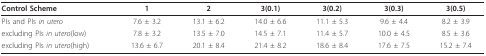
<table><thead><tr><td><b>Control Scheme</b></td><td><b>1</b></td><td><b>2</b></td><td><b>3(0.1)</b></td><td><b>3(0.2)</b></td><td><b>3(0.3)</b></td><td><b>3(0.5)</b></td></tr></thead><tbody><tr><td>PIs and PIs <i>in utero</i></td><td>7.6 ± 3.2</td><td>13.1 ± 6.2</td><td>14.0 ± 6.6</td><td>11.1 ± 5.3</td><td>9.6 ± 4.4</td><td>8.2 ± 3.9</td></tr><tr><td>excluding PIs <i>in utero</i>(low)</td><td>7.8 ± 3.2</td><td>13.5 ± 7.0</td><td>14.5 ± 7.1</td><td>11.4 ± 5.7</td><td>10.0 ± 4.5</td><td>8.5 ± 3.6</td></tr><tr><td>excluding PIs <i>in utero</i>(high)</td><td>13.6 ± 6.7</td><td>20.1 ± 8.4</td><td>21.4 ± 8.2</td><td>18.6 ± 8.4</td><td>17.6 ± 7.5</td><td>15.2 ± 7.4</td></tr></tbody></table>